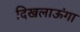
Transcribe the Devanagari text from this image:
दिखलाऊंगा